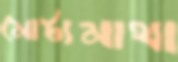
মোটামাথা